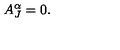
A _ { J } ^ { \alpha } = 0 .